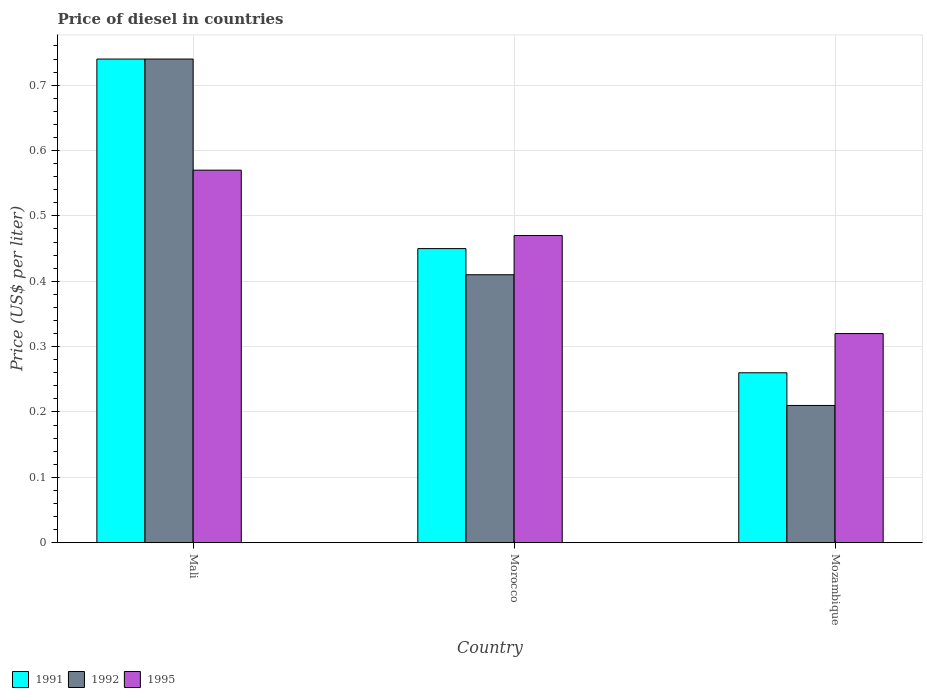
| Country | 1991 | 1992 | 1995 |
 | --- | --- | --- | --- |
 | Mali | 0.74 | 0.74 | 0.57 |
 | Morocco | 0.45 | 0.41 | 0.47 |
 | Mozambique | 0.26 | 0.21 | 0.32 |